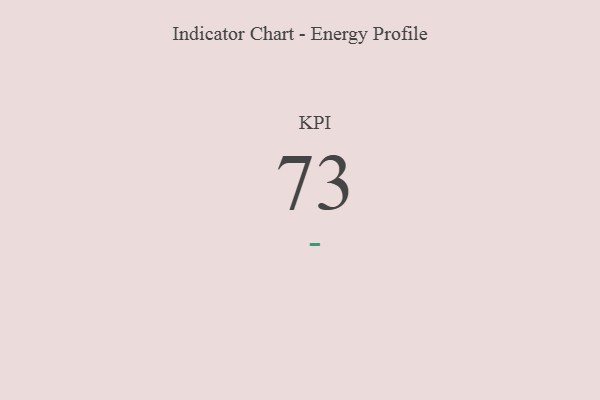
{"axis": {"x": "KPI", "y": "Value"}, "legend": [""], "data": [{"x": "KPI", "y": 73, "type": ""}]}